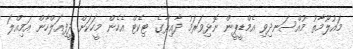
މައުލޫމާތު މުއްސަނދިވި އެމްޑީޕީން ނޮޅިވަރަމު ދާއިރާގެ ޓިކެޓް އެހެން މީހަކަށް ދީފިއަލްހާން އަމިއްލަ